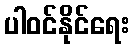
ပါဝင်နိုင်ရေး